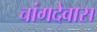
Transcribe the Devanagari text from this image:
चांगदेवास